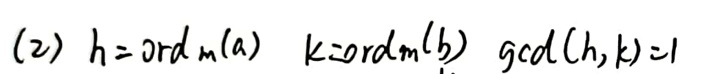
(2) $h = \mathrm{ord}_m(a)\quad k=\mathrm{ord}_m(b)\quad \gcd(h,k)=1$